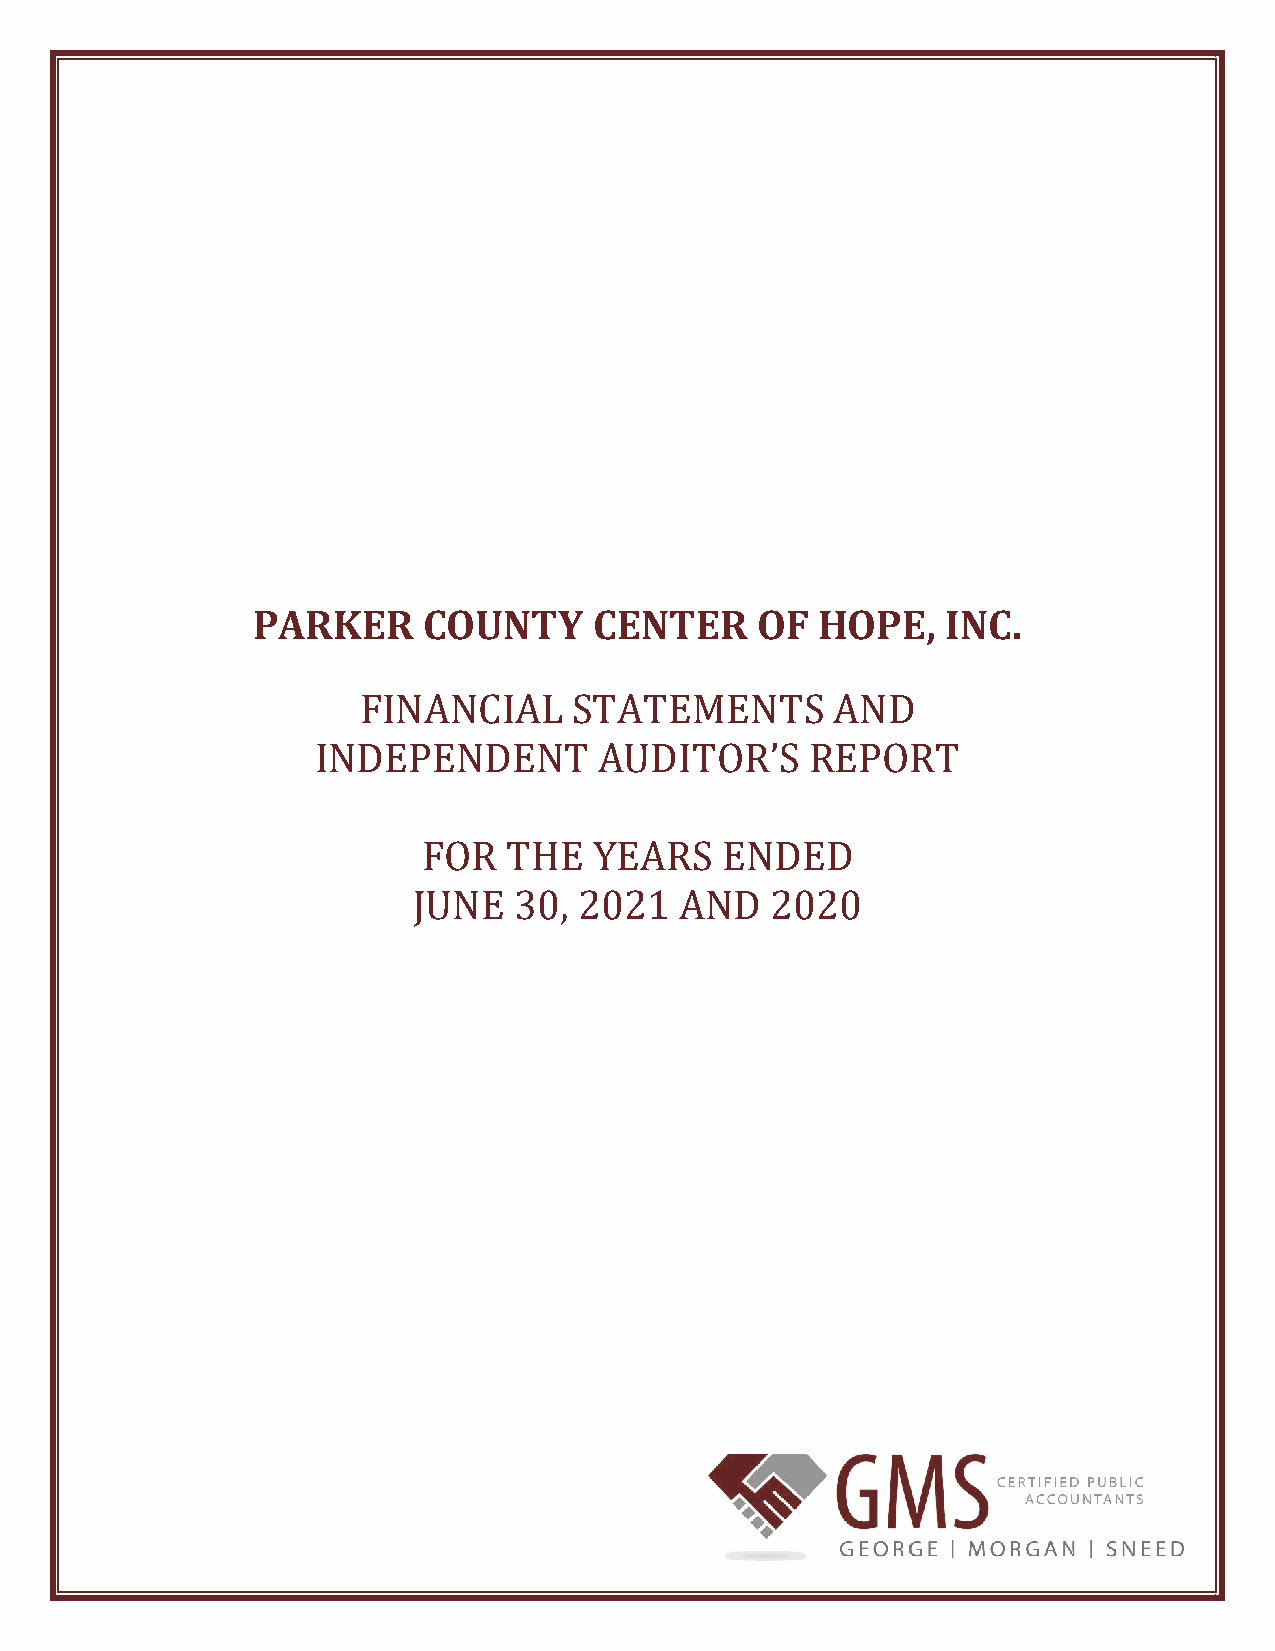
PARKER     COUNTY     CENTER     OF  HOPE,    INC.
 FINANCIAL     STATEMENTS       AND
 INDEPENDENT        AUDITOR’S     REPORT
 FOR   THE  YEARS    ENDED
 JUNE   30, 2021   AND   2020